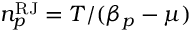
n _ { p } ^ { \mathrm { R J } } = T / ( \beta _ { p } - \mu )